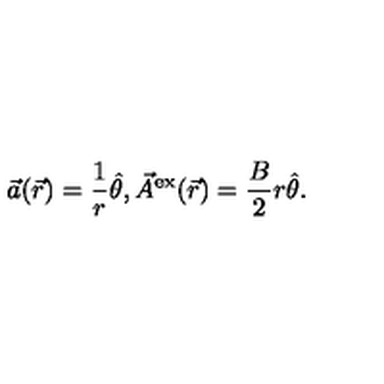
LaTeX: \vec { a } ( \vec { r } ) = \frac { 1 } { r } \hat { \theta } , \vec { A } ^ { \mathrm { e x } } ( \vec { r } ) = \frac { B } { 2 } r \hat { \theta } .